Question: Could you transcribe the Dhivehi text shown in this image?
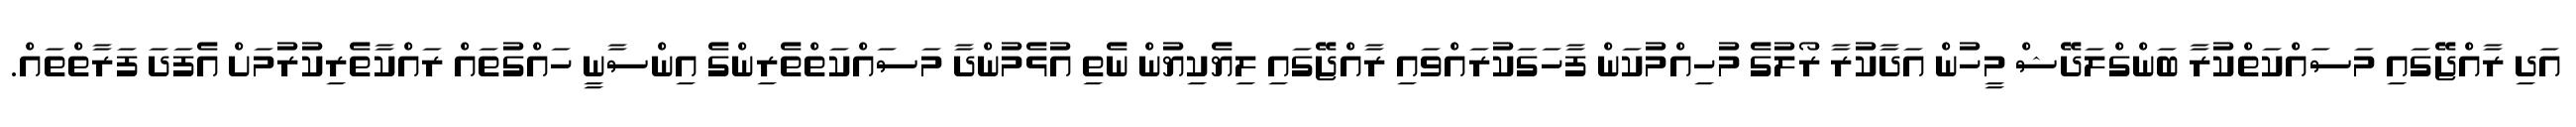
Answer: އަދި ރާއްޖޭގައި މަސައްކަތްކުރާ ބަންގްލަދޭޝް މީހުން އަދާކުރާ ރޯލުގެ މުހިއްމުކަން ފާހަގަކުރައްވައި ރާއްޖޭގައި ލިޔެކިޔުން ނެތި އުޅެމުންދާ މަސައްކަތްތެރިންގެ އިންސާނީ ހައްގުތައް ރައްކާތެރިކުރުމަށް އެފަދަ ފަރާތްތައް.